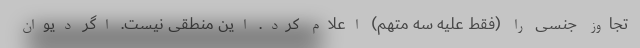
تجاوز جنسی را (فقط علیه سه متهم) اعلام کرد. این منطقی نیست. اگر دیوان